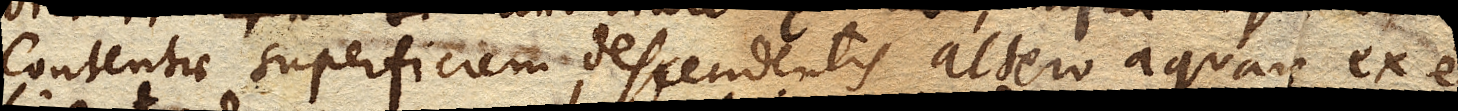
contentae superficiem descendentis altero aquam ex eo